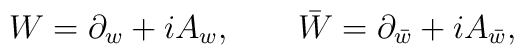
W=\partial_w+iA_w, \qquad \bar W=\partial_{\bar w}+iA_{\bar w},